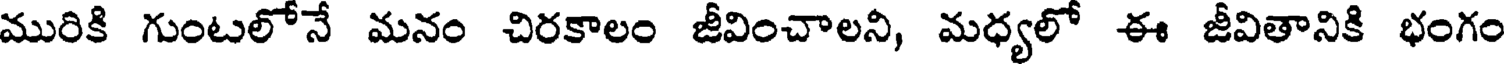
మురికి గుంటలోనే మనం చిరకాలం జీవించాలని, మధ్యలో ఈ జీవితానికి భంగం